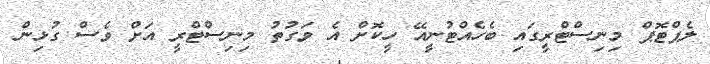
ލެޕްޓޮޕް މިނިސްޓްރީގައި ބެހެއްޓުނީއޭ ހީކޮށް އެ ވަގުތު މިނިސްޓްރީ އަށް ވެސް ގުޅިން